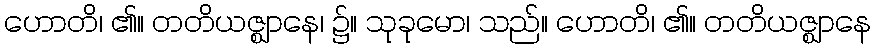
ဟောတိ၊ ၏။ တတိယဇ္ဈာနေ၊ ၌။ သုခုမော၊ သည်။ ဟောတိ၊ ၏။ တတိယဇ္ဈာနေ